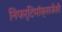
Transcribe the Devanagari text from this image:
निफर्टिमॉक्सजैसी